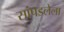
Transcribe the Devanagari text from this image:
सांपडलेला